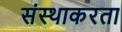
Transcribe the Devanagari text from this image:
संस्थाकरता